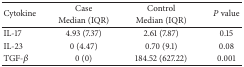
<table><thead><tr><td rowspan="2"><b>Cytokine</b></td><td><b>Case</b></td><td><b>Control</b></td><td rowspan="2"><b><i>P</i> value</b></td></tr><tr><td><b>Median (IQR)</b></td><td><b>Median (IQR)</b></td></tr></thead><tbody><tr><td>IL-17</td><td>4.93 (7.37)</td><td>2.61 (7.87)</td><td>0.15</td></tr><tr><td>IL-23</td><td>0 (4.47) </td><td>0.70 (9.1)</td><td>0.08</td></tr><tr><td>TGF-<i>β</i></td><td>0 (0)</td><td>184.52 (627.22)</td><td>0.001</td></tr></tbody></table>